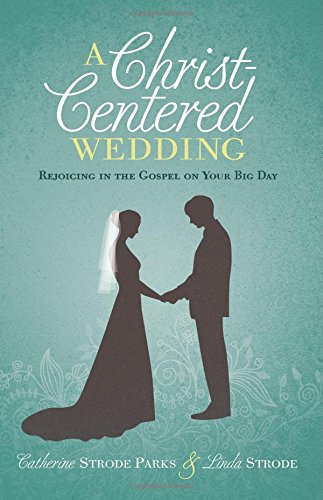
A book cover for A Christ-Centered Wedding: Rejoicing in the Gospel on Your Big Day; Catherine Parks; Crafts, Hobbies & Home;